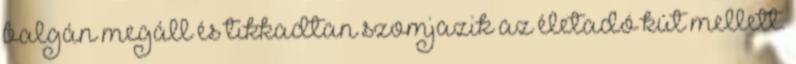
balgán megáll és tikkadtan szomjazik az életadó kút mellett.